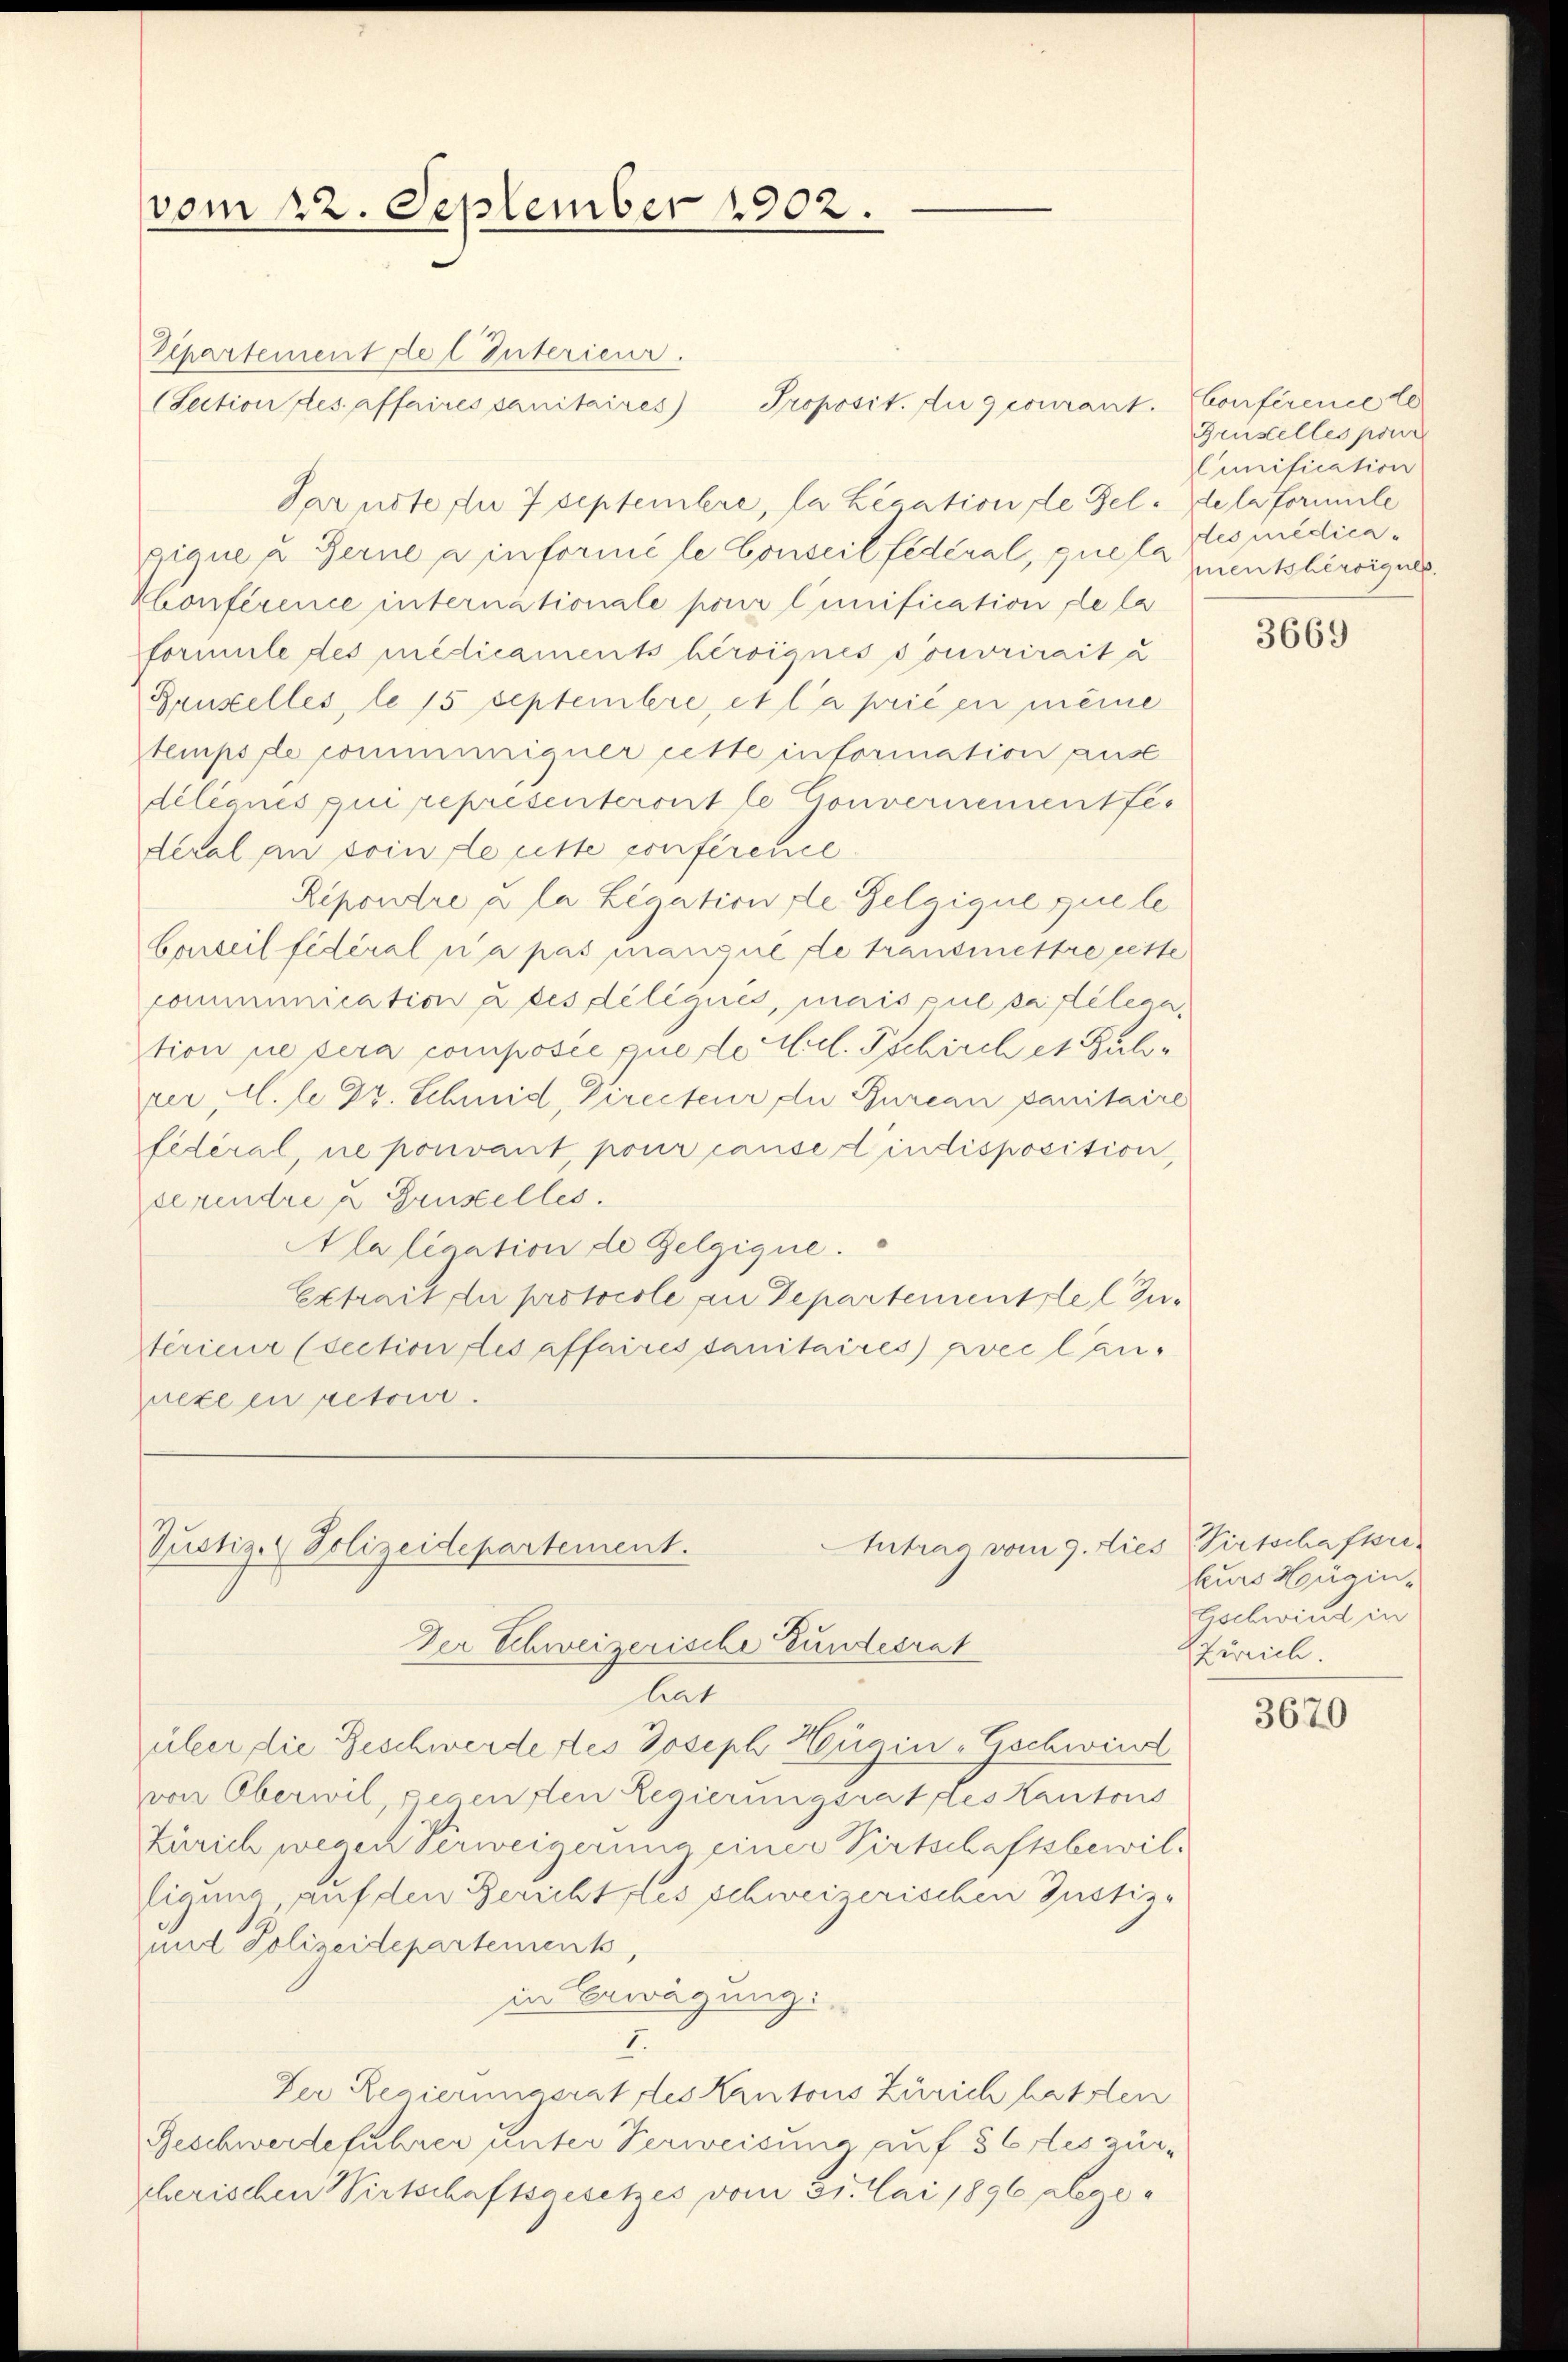
vom 22. September 1902.

Eepartement de l Interieur.
(Section des affaires sanitaires Proposit. die geourant. Conference le
Par note die 7 Septembere, la Legation de Fel. de la formule
giane u Gerne a informé le Conseil fédéral, que la mentsherigues.
Konference internationale pour l’unification de la
formule des Medicaments bereignes souvrirait u
Rauxelles, le 15 Septembere, et la prié en meine
tempore communigner cette information aus
dilianes qui representeront le Convernement fes
deral an soin de cette conférence
Ripondre u la Legation de Gelgique que le
Conseil fédéral n’a pas manqué de transmettre rette
communication u des délégués, mais pue pastelern.
tion ne sera composée puelle Aull. Schirch et Sub
rer, M. Le Dr. Schmid, Directeur die Bureau paritaire
fédéral, ne pouvant pour cause d’indisposition,
serendre u Gunstelles.
Alalication de Gelgigne.
Extrait die protocole an Departementstel zu¬
Stérieur (section des affaires sanitaires) pvec lannexe en retour.

Antrag vom 9. dies Wirtschaftsr
Justiz- & Polizeidepartement.
Der Schweizerische Bundesrat

lat
über die Beschwerde des Joseph Hügin-Gschwind
von Oberwil, pecenten Regierungsrat des Kantons
Zürich wegen Verweigerung einer Virtschaftsbewiltigung auf den Gericht des schweizerischen Justiz-
mit Polizeidepartement,
in Erwägung:
I.
Der Regierungsrat des Kantons Zürich hatten
Geschwerdeführer unter Verweisung auf 36 des zürscherischen Wirtschaftsgesetzes vom 31. Mai 1896 alege¬

Brustelles pour
Cunification
des medica¬

3669

kurs Horgin-
Gschwind in
Zürich.

3670